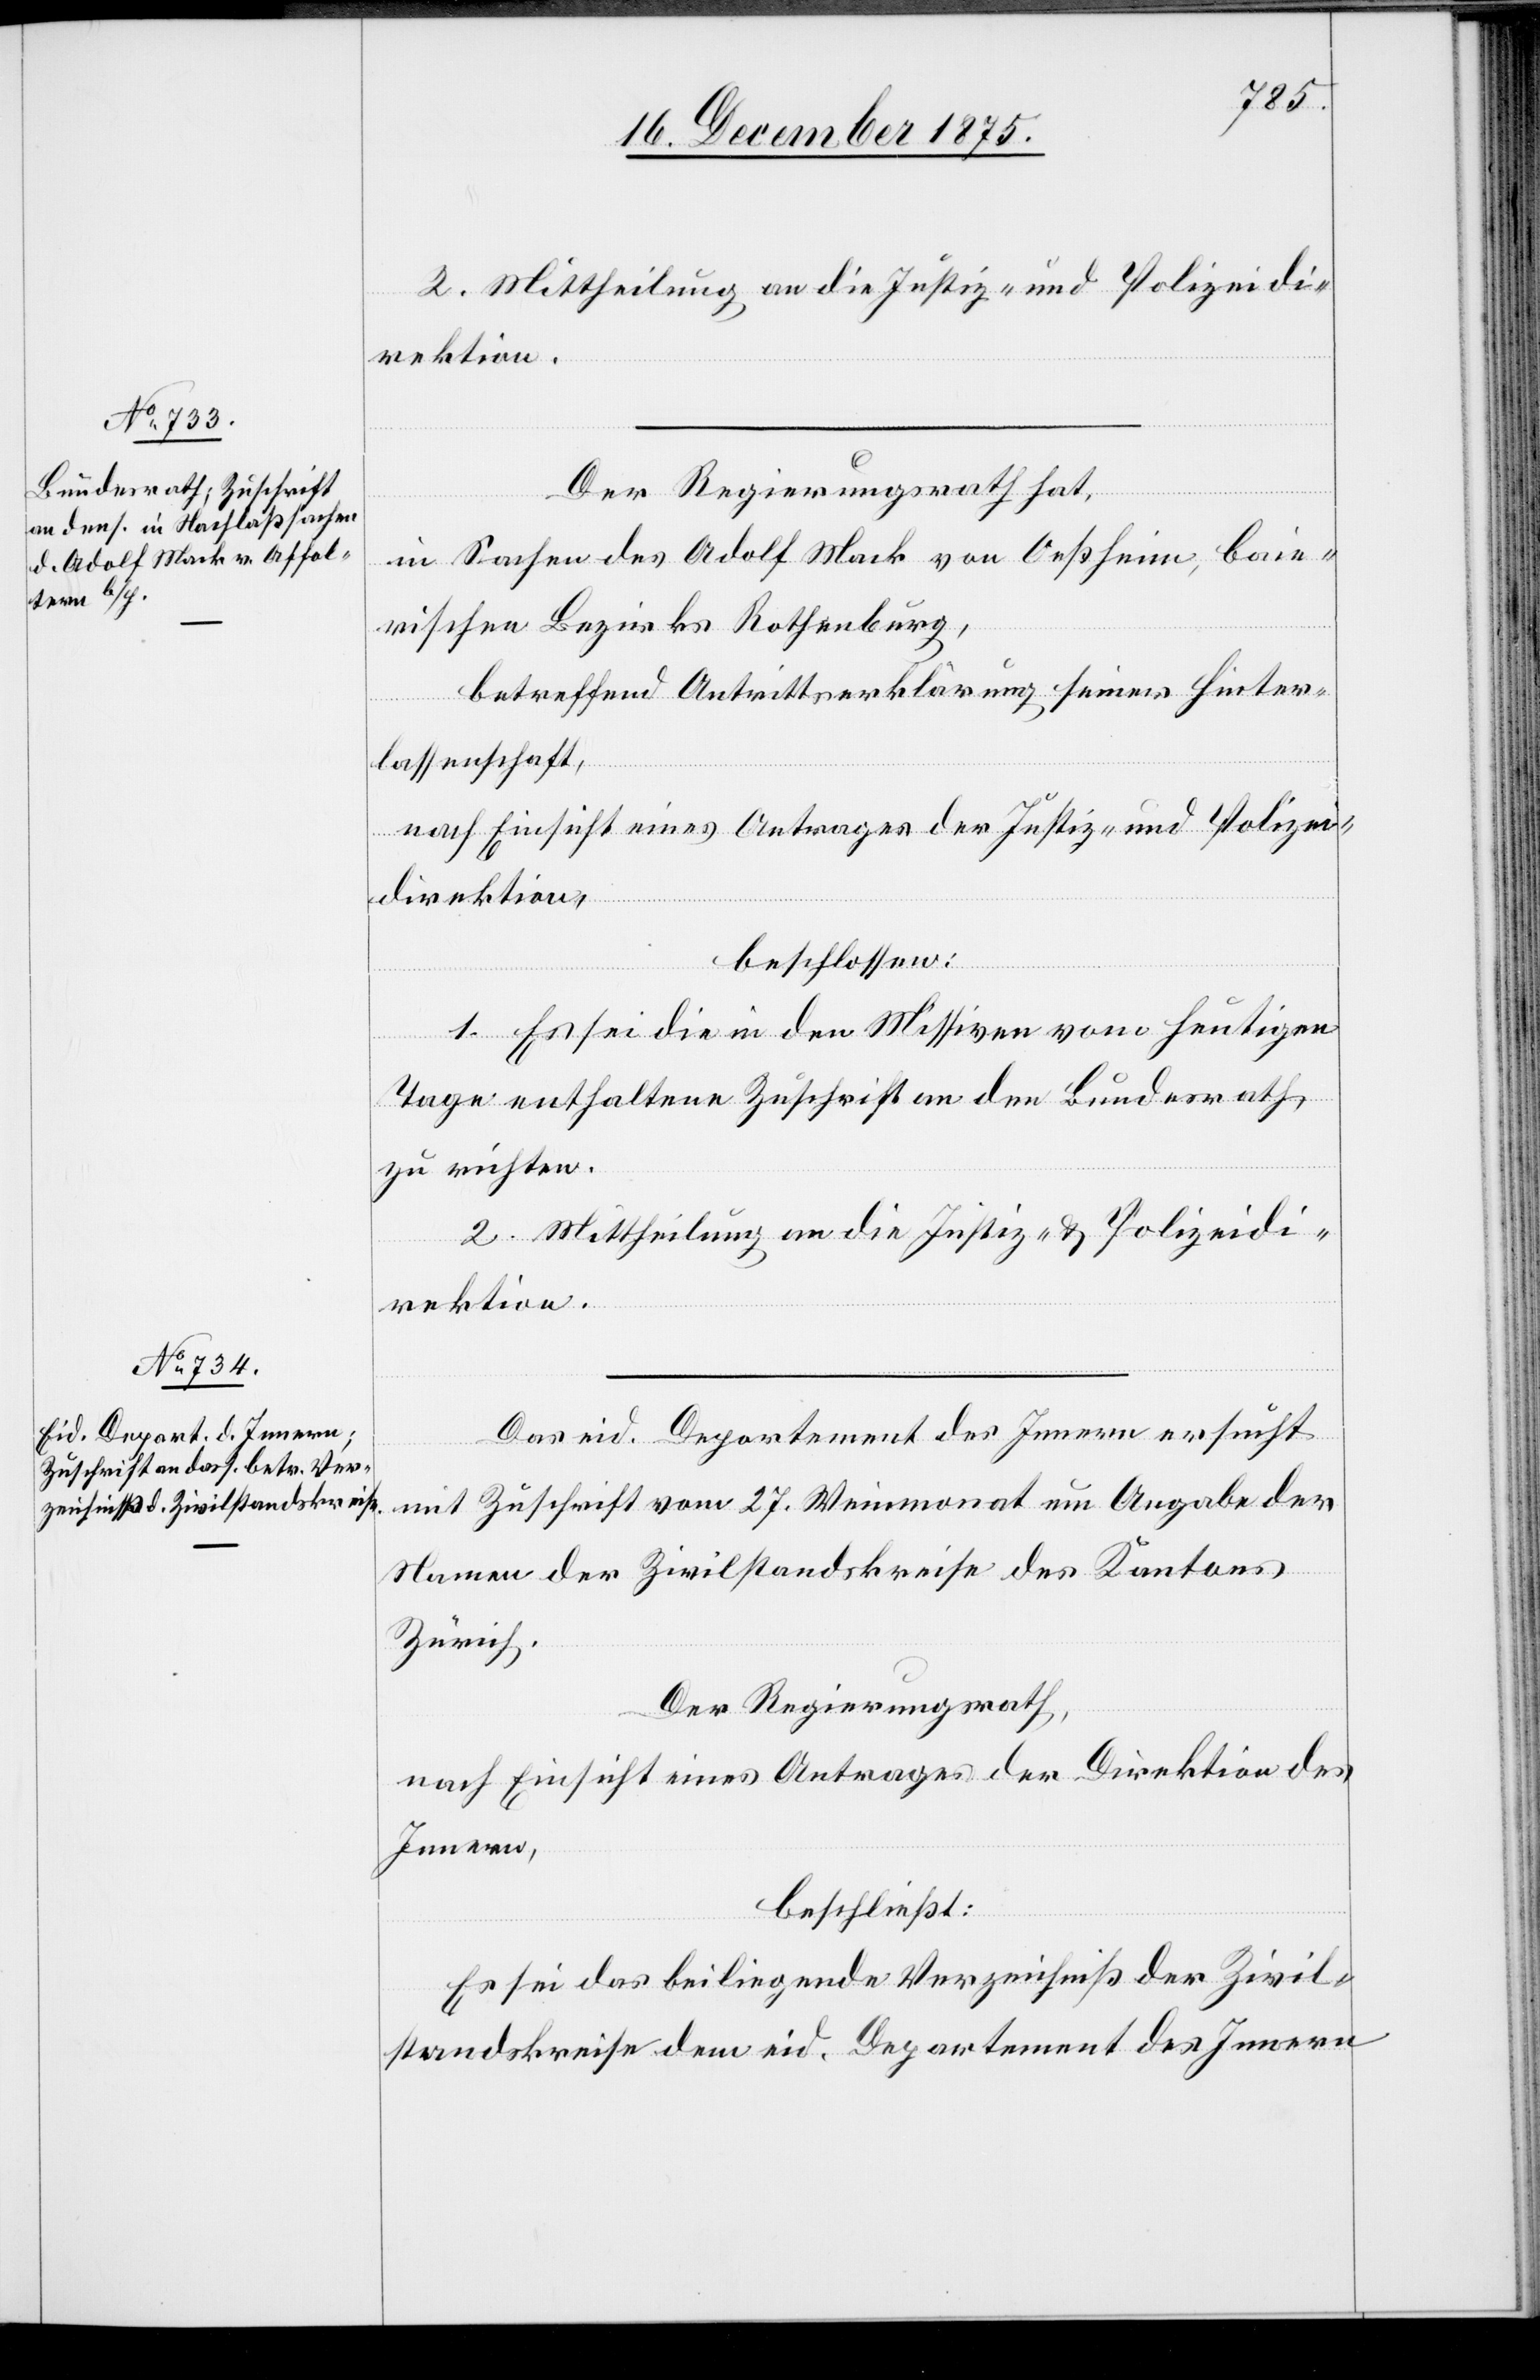
2. Mittheilung an die Justiz- und Polizeidi¬
rektion.
Der Regierungsrath hat,
in Sachen des Adolf Mack von Oeßheim, Baie¬
rischen Bezirk Rothenburg,
betreffend Antrittserklärung seiner Hinter¬
lassenschaft,
nach Einsicht eines Antrages der Justiz- und Polizei¬
direktion,
beschlossen:
1. Es sei die in den Missiven vom heutigen
Tage enthaltene Zuschrift an den Bundesrath
zu richten.
rektion.
Das eid. Departement des Innern ersucht
mit Zuschrift vom 27. Weinmonat um Angabe der
Namen der Zivilstandskreise des Kantons
Zürich.
Der Regierungsrath,
nach Einsicht eines Antrages der Direktion des
Innern,
beschließt:
Es sei das beiliegende Verzeichniß der Zivil¬
standskreise dem eid. Department des Innern